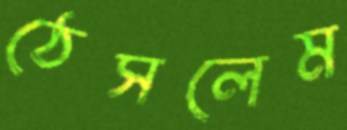
ঠেসলেম